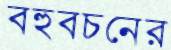
বহুবচনের